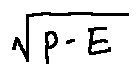
\sqrt { p - E }